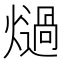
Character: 𭶏